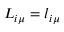
L _ { i \mu } = l _ { i \mu }